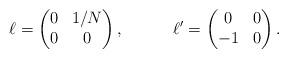
LaTeX: \begin{align*} \ell=\begin{pmatrix} 0&1/N\\0&0\end{pmatrix},\quad\quad\quad \ell'=\begin{pmatrix} 0&0\\-1&0\end{pmatrix}.\end{align*}